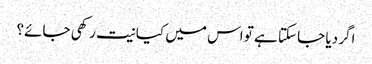
اگر دیا جا سکتا ہے تو اس میں کیا نیت رکھی جائے؟